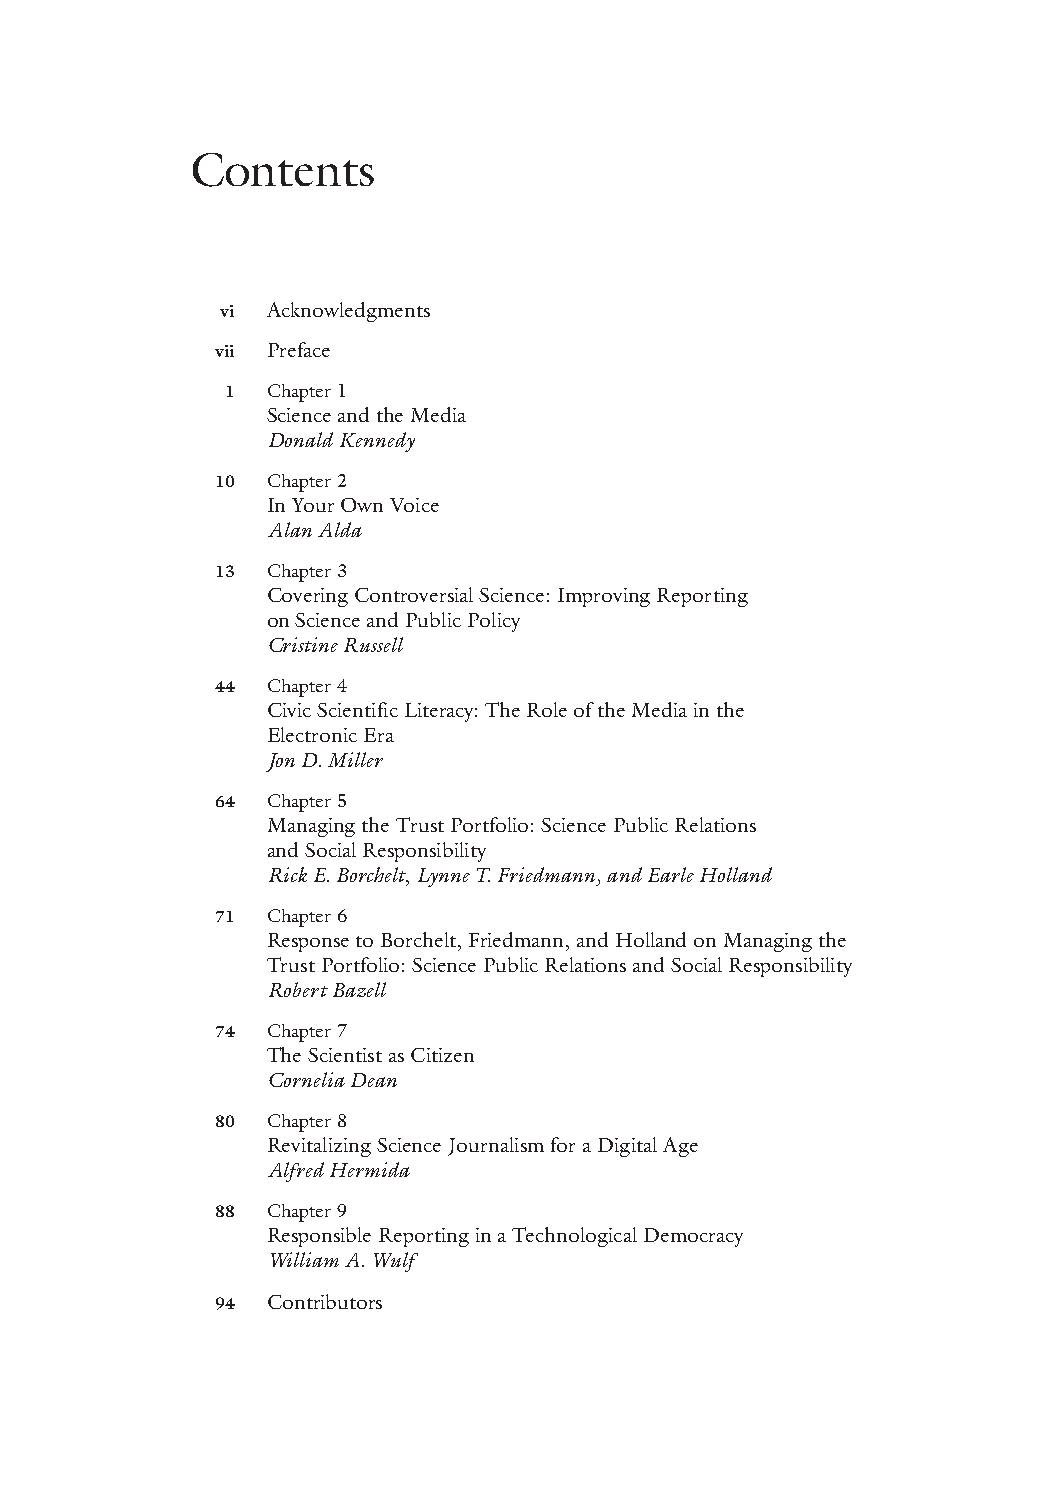
Contents
 vi Acknowledgments
 vii Preface
 1  Chapter 1
 Science and the Media
 Donald Kennedy
 10  Chapter 2
 In Your Own Voice
 Alan Alda
 13  Chapter 3
 Covering Controversial Science: Improving Reporting
 on Science and Public Policy
 Cristine Russell
 44  Chapter 4
 Civic Scientific Literacy: The Role of the Media in the
 Electronic Era
 Jon D.Miller
 64  Chapter 5
 Managing the Trust Portfolio: Science Public Relations
 and Social Responsibility
 Rick E.Borchelt, Lynne T.Friedmann, and Earle Holland
 71  Chapter 6
 Response to Borchelt, Friedmann, and Holland on Managing the
 Trust Portfolio: Science Public Relations and Social Responsibility
 Robert Bazell
 74  Chapter 7
 The Scientist as Citizen
 Cornelia Dean
 80  Chapter 8
 Revitalizing Science Journalism for a Digital Age
 Alfred Hermida
 88  Chapter 9
 Responsible Reporting in a Technological Democracy
 William A.Wulf
 94  Contributors